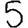
Digit: 5